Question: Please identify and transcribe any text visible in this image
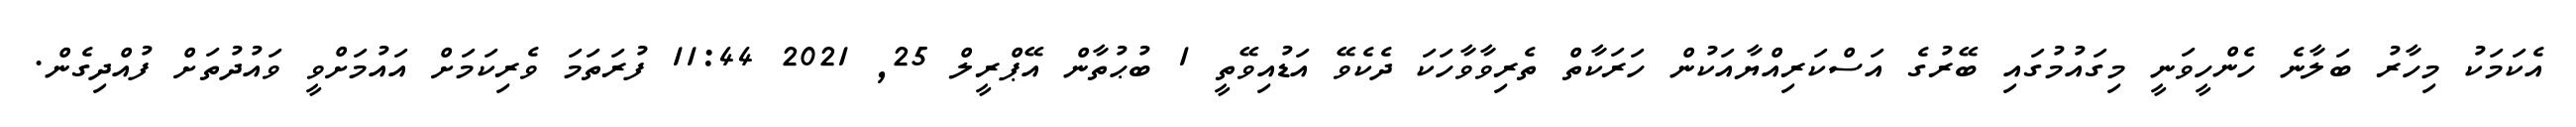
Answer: އެކަމަކު މިހާރު ބަލާނެ ހެންހީވަނީ މިގައުމުގައި ބޭރުގެ އަސްކަރިއްޔާއަކުން ހަރަކާތް ތެރިވާވާހަކަ ދެކެވޭ އަޑުއިވޭތީ 1 ބުޙުތާން އޭޕްރީލް 25, 2021 11:44 ފުރަތަމަ ވެރިކަމަށް އައުމަށްވީ ވައުދުތަށް ފުއްދިގެން.